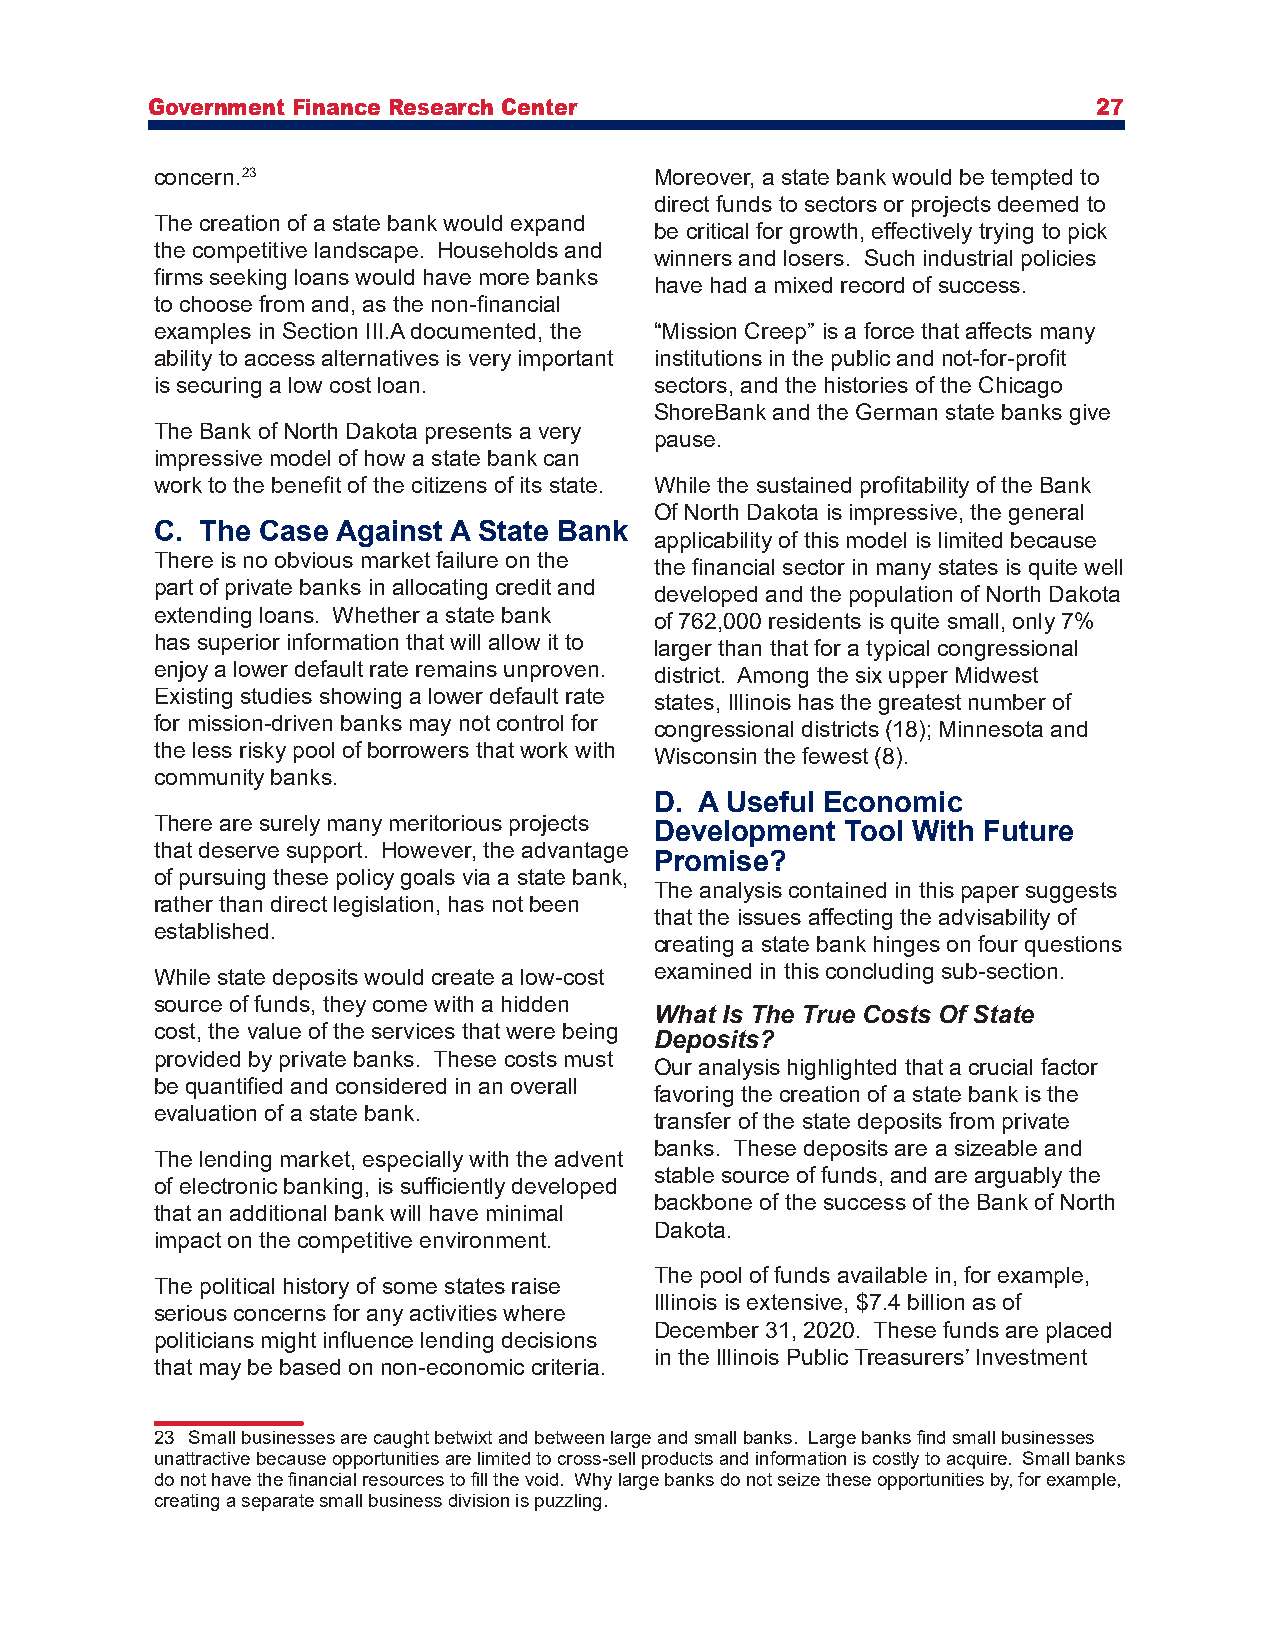
Government Finance Research Center                             27
 concern.23                       Moreover, a state bank would be tempted to
 direct funds to sectors or projects deemed to
 The creation of a state bank would expand
 be critical for growth, effectively trying to pick
 the competitive landscape. Households and
 winners and losers. Such industrial policies
 firms seeking loans would have more banks
 have had a mixed record of success.
 to choose from and, as the non-financial
 examples in Section III.A documented, the “Mission Creep” is a force that affects many
 ability to access alternatives is very important institutions in the public and not-for-profit
 is securing a low cost loan.     sectors, and the histories of the Chicago
 ShoreBank and the German state banks give
 The Bank of North Dakota presents a very
 pause.
 impressive model of how a state bank can
 work to the benefit of the citizens of its state. While the sustained profitability of the Bank
 Of North Dakota is impressive, the general
 C. The Case Against A State Bank
 applicability of this model is limited because
 There is no obvious market failure on the the financial sector in many states is quite well
 part of private banks in allocating credit and developed and the population of North Dakota
 extending loans. Whether a state bank of 762,000 residents is quite small, only 7%
 has superior information that will allow it to larger than that for a typical congressional
 enjoy a lower default rate remains unproven. district. Among the six upper Midwest
 Existing studies showing a lower default rate states, Illinois has the greatest number of
 for mission-driven banks may not control for congressional districts (18); Minnesota and
 the less risky pool of borrowers that work with Wisconsin the fewest (8).
 community banks.
 D. A Useful Economic
 There are surely many meritorious projects
 Development  Tool With Future
 that deserve support. However, the advantage
 Promise?
 of pursuing these policy goals via a state bank,
 The analysis contained in this paper suggests
 rather than direct legislation, has not been
 that the issues affecting the advisability of
 established.
 creating a state bank hinges on four questions
 While state deposits would create a low-cost examined in this concluding sub-section.
 source of funds, they come with a hidden
 What Is The True Costs Of State
 cost, the value of the services that were being
 Deposits?
 provided by private banks. These costs must
 Our analysis highlighted that a crucial factor
 be quantified and considered in an overall
 favoring the creation of a state bank is the
 evaluation of a state bank.
 transfer of the state deposits from private
 banks. These deposits are a sizeable and
 The lending market, especially with the advent
 stable source of funds, and are arguably the
 of electronic banking, is sufficiently developed
 backbone of the success of the Bank of North
 that an additional bank will have minimal
 Dakota.
 impact on the competitive environment.
 The pool of funds available in, for example,
 The political history of some states raise
 Illinois is extensive, $7.4 billion as of
 serious concerns for any activities where
 December 31, 2020. These funds are placed
 politicians might influence lending decisions
 in the Illinois Public Treasurers’ Investment
 that may be based on non-economic criteria.
 23 Small businesses are caught betwixt and between large and small banks. Large banks find small businesses
 unattractive because opportunities are limited to cross-sell products and information is costly to acquire. Small banks
 do not have the financial resources to fill the void. Why large banks do not seize these opportunities by, for example,
 creating a separate small business division is puzzling.